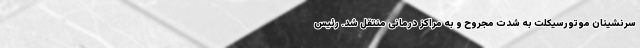
سرنشینان موتورسیکلت به شدت مجروح و به مراکز درمانی منتقل شد. رئیس